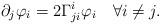
LaTeX: \begin{align*} \partial_j\varphi_i=2\Gamma^i_{ji}\varphi_i\quad\forall i\neq j. \end{align*}